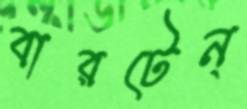
বারটেন্